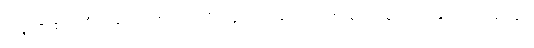
လျှောက်၏။ ကိံ အဝေါစ၊ အဘယ်သို့လျှောက်သနည်း။ ဘောဂေါတမ၊ အရှင်ဂေါတမ။ ဓမ္မော၊